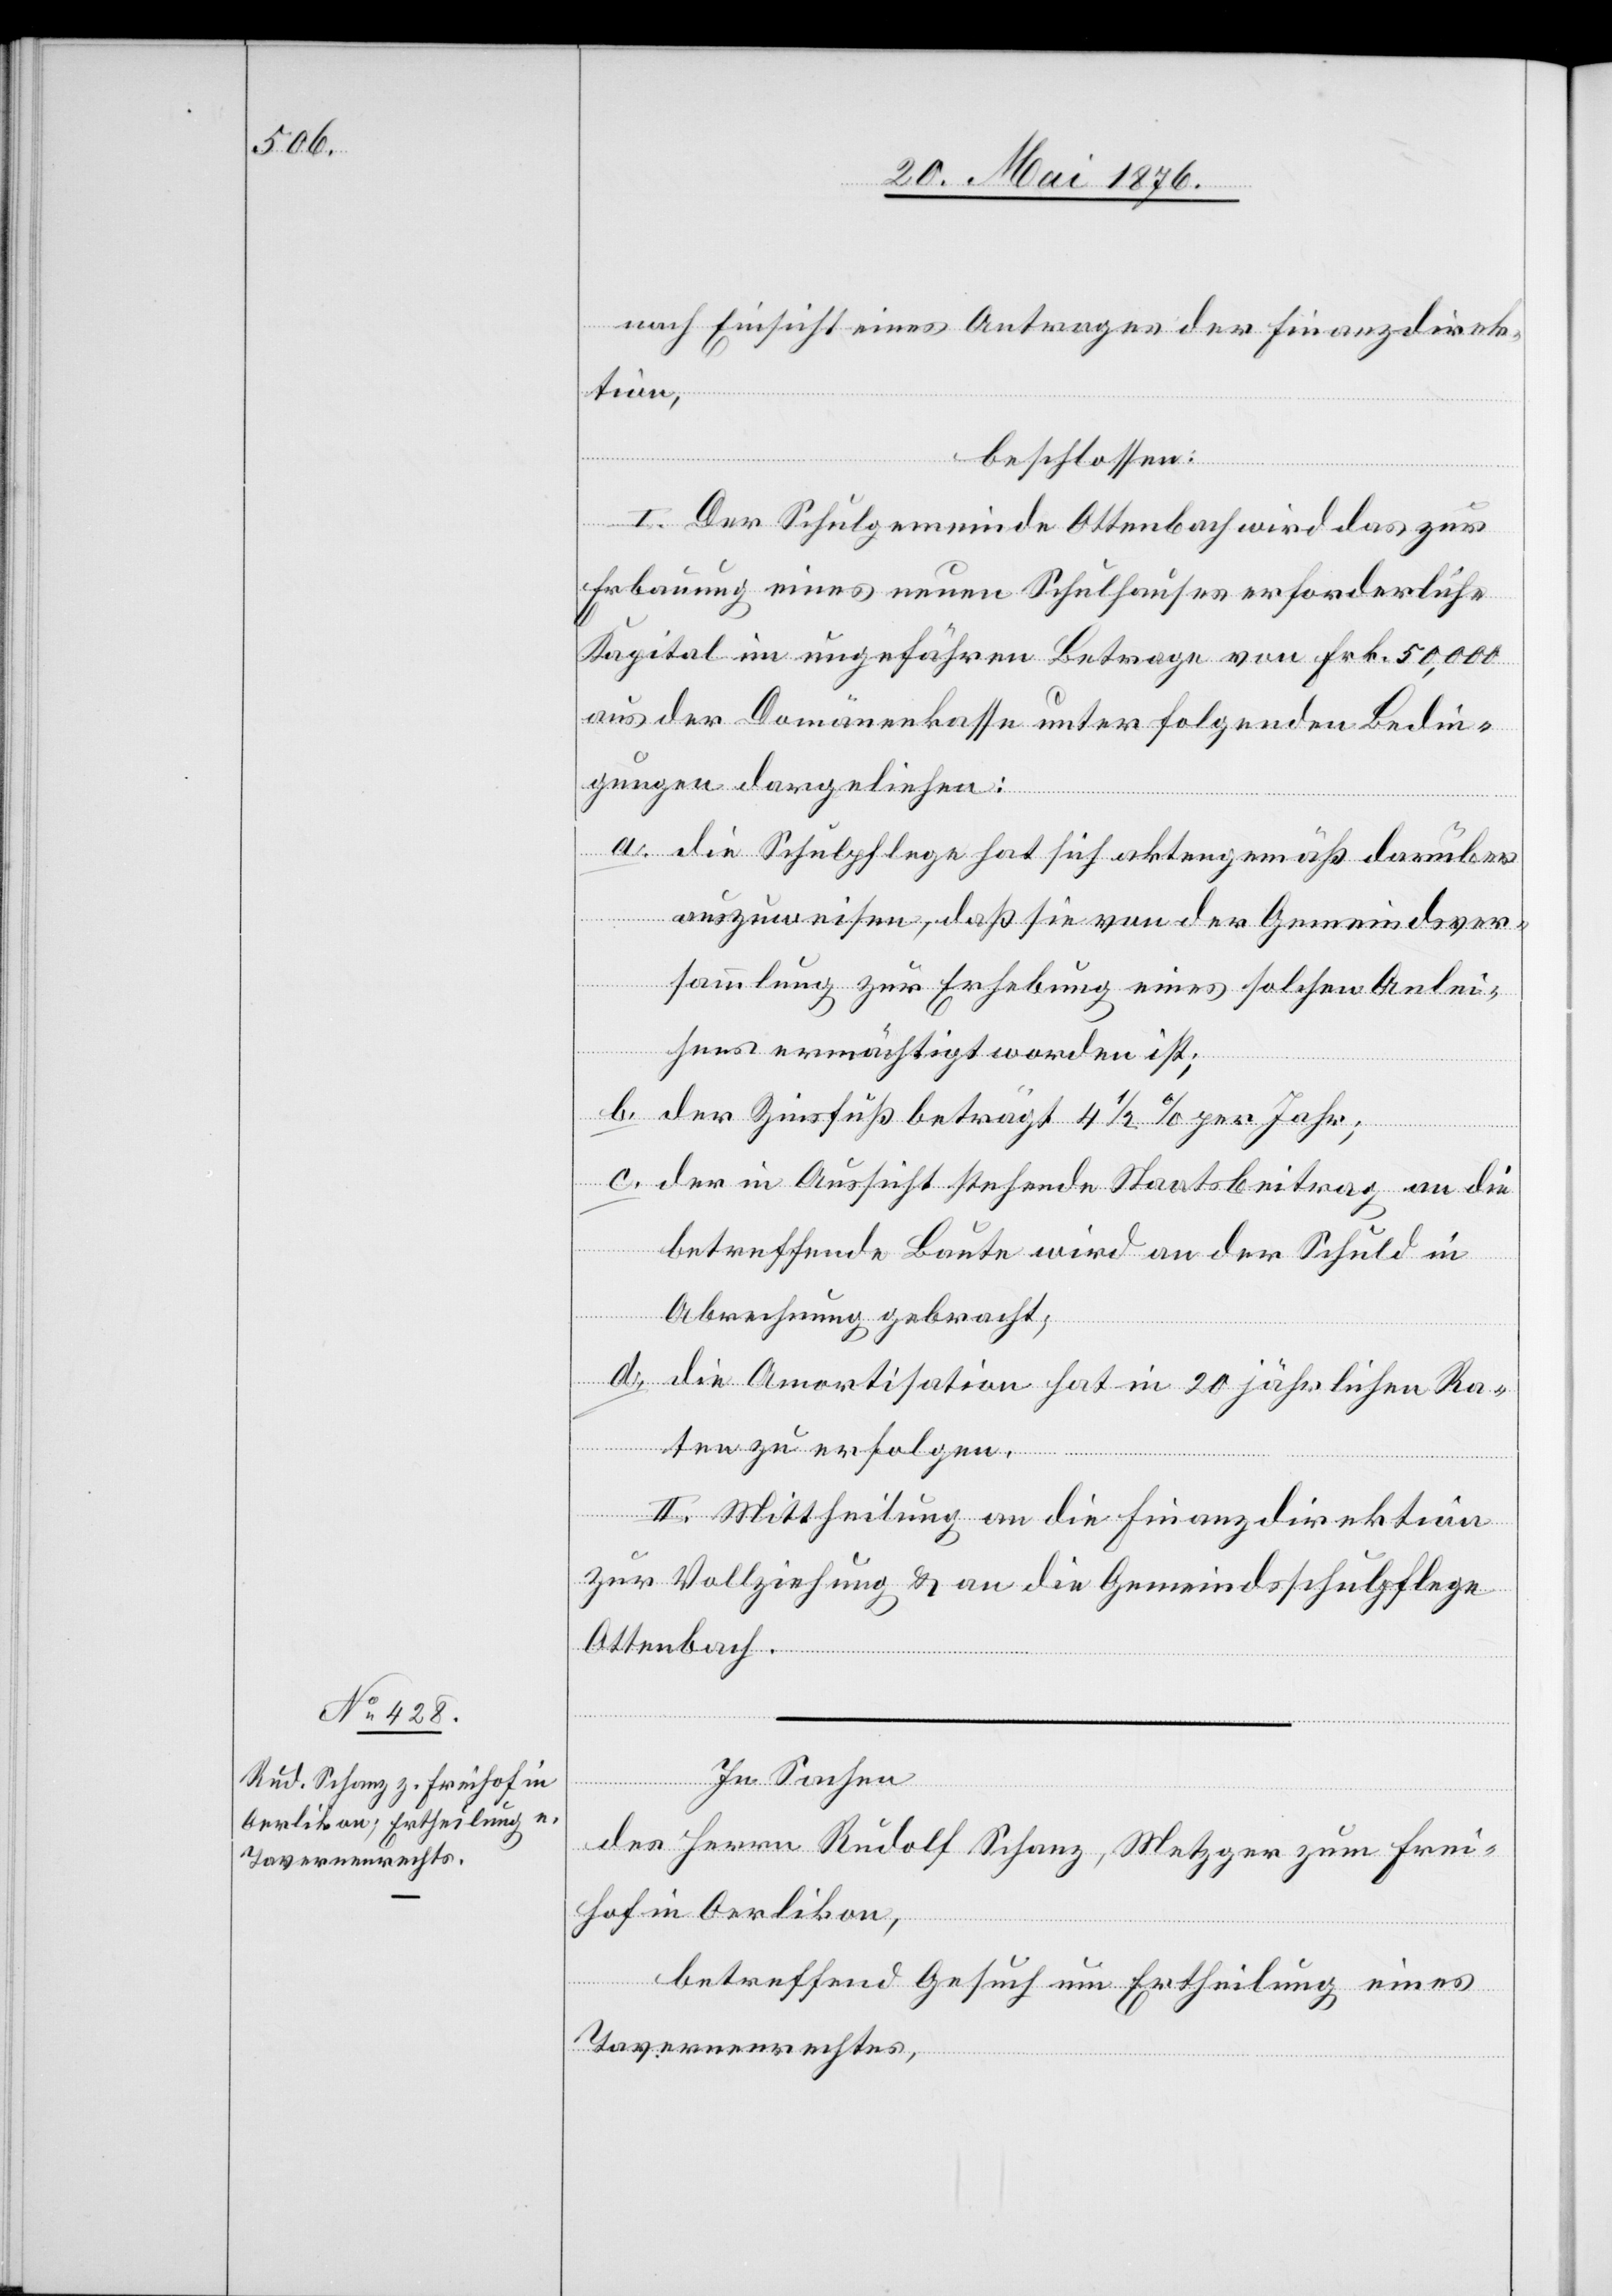
nach Einsicht eines Antrages der Finanzdirek¬
tion,
beschlossen:
I. Der Schulgemeinde Ottenbach wird das zur
Erbauung eines neuen Schulhauses erforderliche
Kapital im ungefähren Betrage von Frk. 50,000
aus der Domänenkasse unter folgenden Bedi¬
ngen dargeliehen:
a. die Schulpflege hat sich aktengemäß darüber
auszuweisen, daß sie von der Gemeindever¬
sammlung zur Erhebung eines solchen Anlei¬
hens ermächtigt worden ist;
b. der Zinsfuß beträgt 4 1/2 per Jahr;
c. der in Aussicht stehende Staatsbeitrag an die
betreffende Baute wird an der Schuld in
Abrechnung gebracht;
d. die Amortisation hat in 20 jährlichen Ra¬
ten zu erfolgen.
II. Mittheilung an die Finanzdirektion
zur Vollziehung & an die Gemeindsschulpflege
Ottenbach.
In Sachen
des Herrn Rudolf Schanz, Metzger zum Frei¬
hof in Oerlikon,
betreffend Gesuch um Ertheilung eines
Tavernenrechtes,